Annual vaccination report of Bihar and Orissa - 1911-1928
Year: 1911
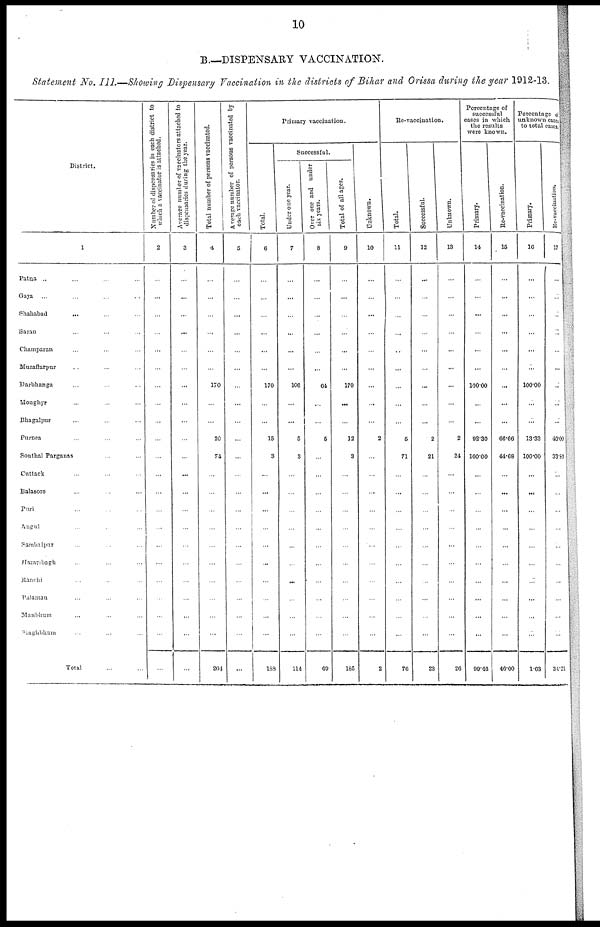
10
B.—DISPENSARY VACCINATION.
Statement No. III.—Showing Dispensary Vaccination in the districts of Bihar and Orissa during the year 1912-13.
District.
1
Patna ... ... ... ...
Gaya ... ... ... ...
Shahabad
... ... ...
Saran ... ... ...
Champaran ... ... ...
Muzaffarpur ... ... ...
Darbhanga ... ... ...
Monghyr ... ... ...
Bhagalpur ... ... ...
Purnea ... ... ...
Sonthal Parganas ... ...
Cuttack ... ... ...
Balasore ... ... ...
Puri ... ... ...
Angul ... ... ...
Sambalpur
... ... ...
Hazaribagh ... ... ...
Ranchi ... ... ...
Palamau ... ... ...
Manbhum ... ... ...
Singhbhum ... ... ...
Total ... ...
Number of dispensaries in each district to
which a vaccinator is attached.
2
...
...
...
...
...
...
...
...
...
...
...
...
...
...
...
...
...
...
...
...
...
...
Average number of vaccinators attached to
dispensaries during the year.
3
...
...
...
...
...
...
...
...
...
...
...
...
...
...
...
...
...
...
...
...
...
...
Total number of persons vaccinated.
4
...
...
...
...
...
...
170
...
...
20
74
...
...
...
...
...
...
...
...
...
...
264
Average number of persons vaccinated by
each vaccinator.
5
...
...
...
...
...
...
...
...
...
...
...
...
...
...
...
...
...
...
...
...
...
...
Primary vaccination.
Total.
6
...
...
...
...
...
...
170
...
...
15
3
...
...
...
...
...
...
...
...
...
...
188
Successful.
Under one year.
7
...
...
...
...
...
...
106
...
...
5
3
...
...
...
...
...
...
...
...
...
...
114
Over one and under
six years.
8
...
...
...
...
...
...
64
...
...
5
...
...
...
...
...
...
...
...
...
...
...
69
Total of all ages.
9
...
...
...
...
...
...
170
...
...
12
3
...
...
...
...
...
...
...
...
...
...
185
Unknown.
10
...
...
...
...
...
...
...
...
...
2
...
...
...
...
...
...
...
...
...
...
...
2
Re-vaccination.
Total.
11
...
...
...
...
...
...
...
...
...
5
71
...
...
...
...
...
...
...
...
...
...
70
Successful.
12
...
...
...
...
...
...
...
...
...
2
21
...
...
...
...
...
...
...
...
...
...
23
Unknown.
13
...
...
...
...
...
...
...
...
...
2
24
...
...
...
...
...
...
...
...
...
...
26
Percentage of
successful
cases in which
the results
were known.
Primary.
14
...
...
...
...
...
...
100.00
...
...
02.30
100.00
...
...
...
...
...
...
...
...
...
...
00.46
Re-vaccination
15
...
...
...
...
...
...
...
...
...
66.66
44.68
...
...
...
...
...
...
...
...
...
...
46.00
Percentage of
unknown cases
to total cases.
Primary.
16
...
...
...
...
...
...
100.00
...
...
13.33
100.00
...
...
...
...
...
...
...
...
...
...
1.63
Re-vaccination
17
...
...
...
...
...
...
...
...
...
40.00
33.50
...
...
...
...
...
...
...
...
...
...
34.21